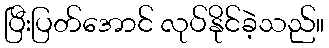
ပြီးပြတ်အောင် လုပ်နိုင်ခဲ့သည်။